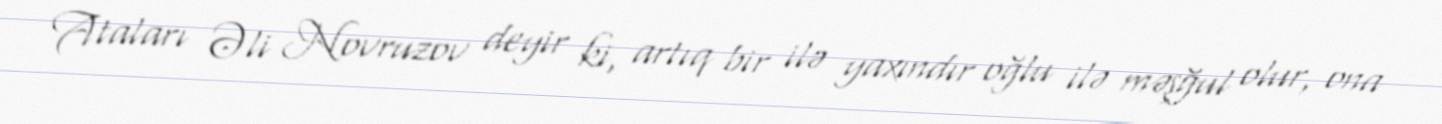
Ataları Əli Novruzov deyir ki, artıq bir ilə yaxındır oğlu ilə məşğul olur, ona